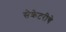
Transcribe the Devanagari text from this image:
सेक्रेटरीचे